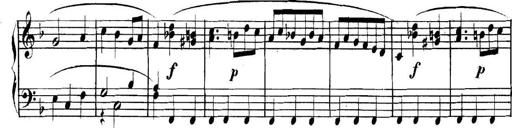
Title: Collected Piano Sonatas
Composer: Muzio Clementi